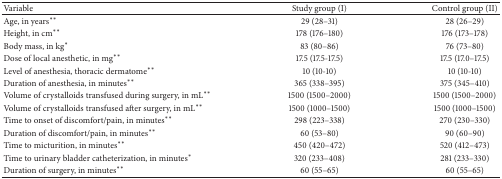
<table><thead><tr><td><b>Variable</b></td><td><b>Study group (I)</b></td><td><b>Control group (II)</b></td></tr></thead><tbody><tr><td>Age, in years<sup><i>∗∗</i></sup></td><td>29 (28–31)</td><td>28 (26–29)</td></tr><tr><td>Height, in cm<sup><i>∗∗</i></sup></td><td>178 (176–180)</td><td>176 (173–178)</td></tr><tr><td>Body mass, in kg<sup><i>∗</i></sup></td><td>83 (80–86)</td><td>76 (73–80)</td></tr><tr><td>Dose of local anesthetic, in mg<sup><i>∗∗</i></sup></td><td>17.5 (17.5-17.5)</td><td>17.5 (17.0–17.5)</td></tr><tr><td>Level of anesthesia, thoracic dermatome<sup><i>∗∗</i></sup></td><td>10 (10-10)</td><td>10 (10-10)</td></tr><tr><td>Duration of anesthesia, in minutes<sup><i>∗∗</i></sup></td><td>365 (338–395)</td><td>375 (345–410)</td></tr><tr><td>Volume of crystalloids transfused during surgery, in mL<sup><i>∗∗</i></sup></td><td>1500 (1500–2000)</td><td>1500 (1500–2000)</td></tr><tr><td>Volume of crystalloids transfused after surgery, in mL<sup><i>∗∗</i></sup></td><td>1500 (1000–1500)</td><td>1500 (1000–1500)</td></tr><tr><td>Time to onset of discomfort/pain, in minutes<sup><i>∗∗</i></sup></td><td>298 (223–338)</td><td>270 (230–330)</td></tr><tr><td>Duration of discomfort/pain, in minutes<sup><i>∗∗</i></sup></td><td>60 (53–80)</td><td>90 (60–90)</td></tr><tr><td>Time to micturition, in minutes<sup><i>∗∗</i></sup></td><td>450 (420–472)</td><td>520 (412–473)</td></tr><tr><td>Time to urinary bladder catheterization, in minutes<sup><i>∗</i></sup></td><td>320 (233–408)</td><td>281 (233–330)</td></tr><tr><td>Duration of surgery, in minutes<sup><i>∗∗</i></sup></td><td>60 (55–65)</td><td>60 (55–65)</td></tr></tbody></table>